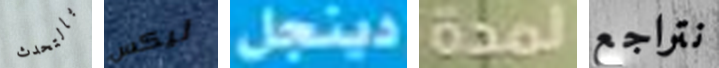
بالتحدث ليكس دينجل لمدة نتراجع